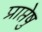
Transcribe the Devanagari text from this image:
प्राप्तेषु